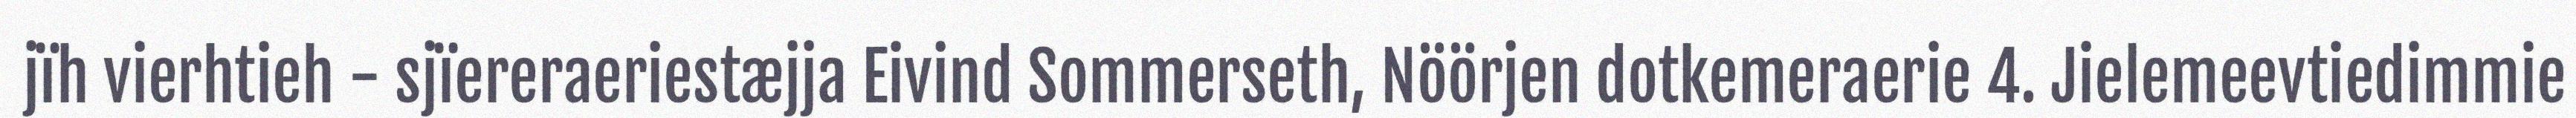
jïh vierhtieh - sjïereraeriestæjja Eivind Sommerseth, Nöörjen dotkemeraerie 4. Jielemeevtiedimmie